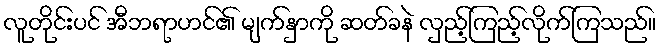
လူတိုင်းပင် အီဘရာဟင်၏ မျက်နှာကို ဆတ်ခနဲ လှည့်ကြည့်လိုက်ကြသည်။